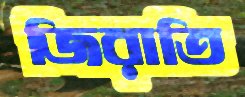
জিরাতি